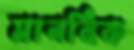
মানবিক